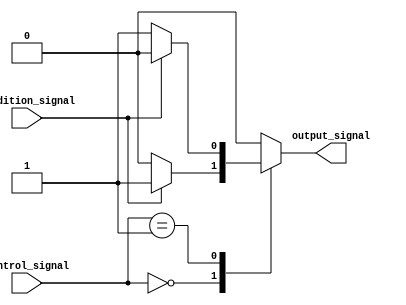
module case_if_else (
    input wire [1:0] control_signal,
    input wire condition_signal,
    output reg output_signal
);

always @* begin
    case (control_signal)
        2'b00: begin
            if (condition_signal) begin
                output_signal <= 1'b1;
            end else begin
                output_signal <= 1'b0;
            end
        end
        2'b01: begin
            if (condition_signal) begin
                output_signal <= 1'b0;
            end else begin
                output_signal <= 1'b1;
            end
        end
        default: begin
            output_signal <= 1'b0;
        end
    endcase
end

endmodule